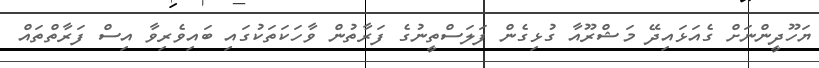
ޔަހޫދީންނަށް ގެއަޅައިދޭ މަޝްރޫއާ ގުޅިގެން ފަލަސްތީނުގެ ފަރާތުން ވާހަކަތަކުގައި ބައިވެރިވާ އިސް ފަރާތްތައް